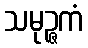
သမုဉ္ဇကံ